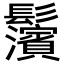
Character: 𩰄